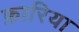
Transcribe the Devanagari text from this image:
फ़ारिया